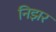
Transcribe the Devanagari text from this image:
निझर